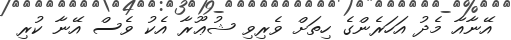
އޭނާއާ މެދު އަހަރެންގެ ހިތަށް ވެރިވި ޝުޢޫރާ އެކު ވެސް އޭނާ ކުރި